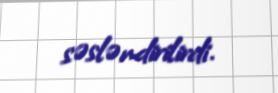
səsləndirilirdi.